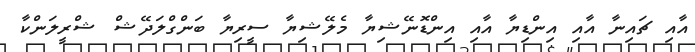
އާއި ޗައިނާ އާއި އިންޑިޔާ އާއި އިންޑޮނޭޝިޔާ މެލޭޝިޔާ ސީރިޔާ ބަންގްލަދޭޝް ޝްރީލަންކާ